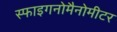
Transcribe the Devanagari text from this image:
स्फाइगनोमैनोमीटर